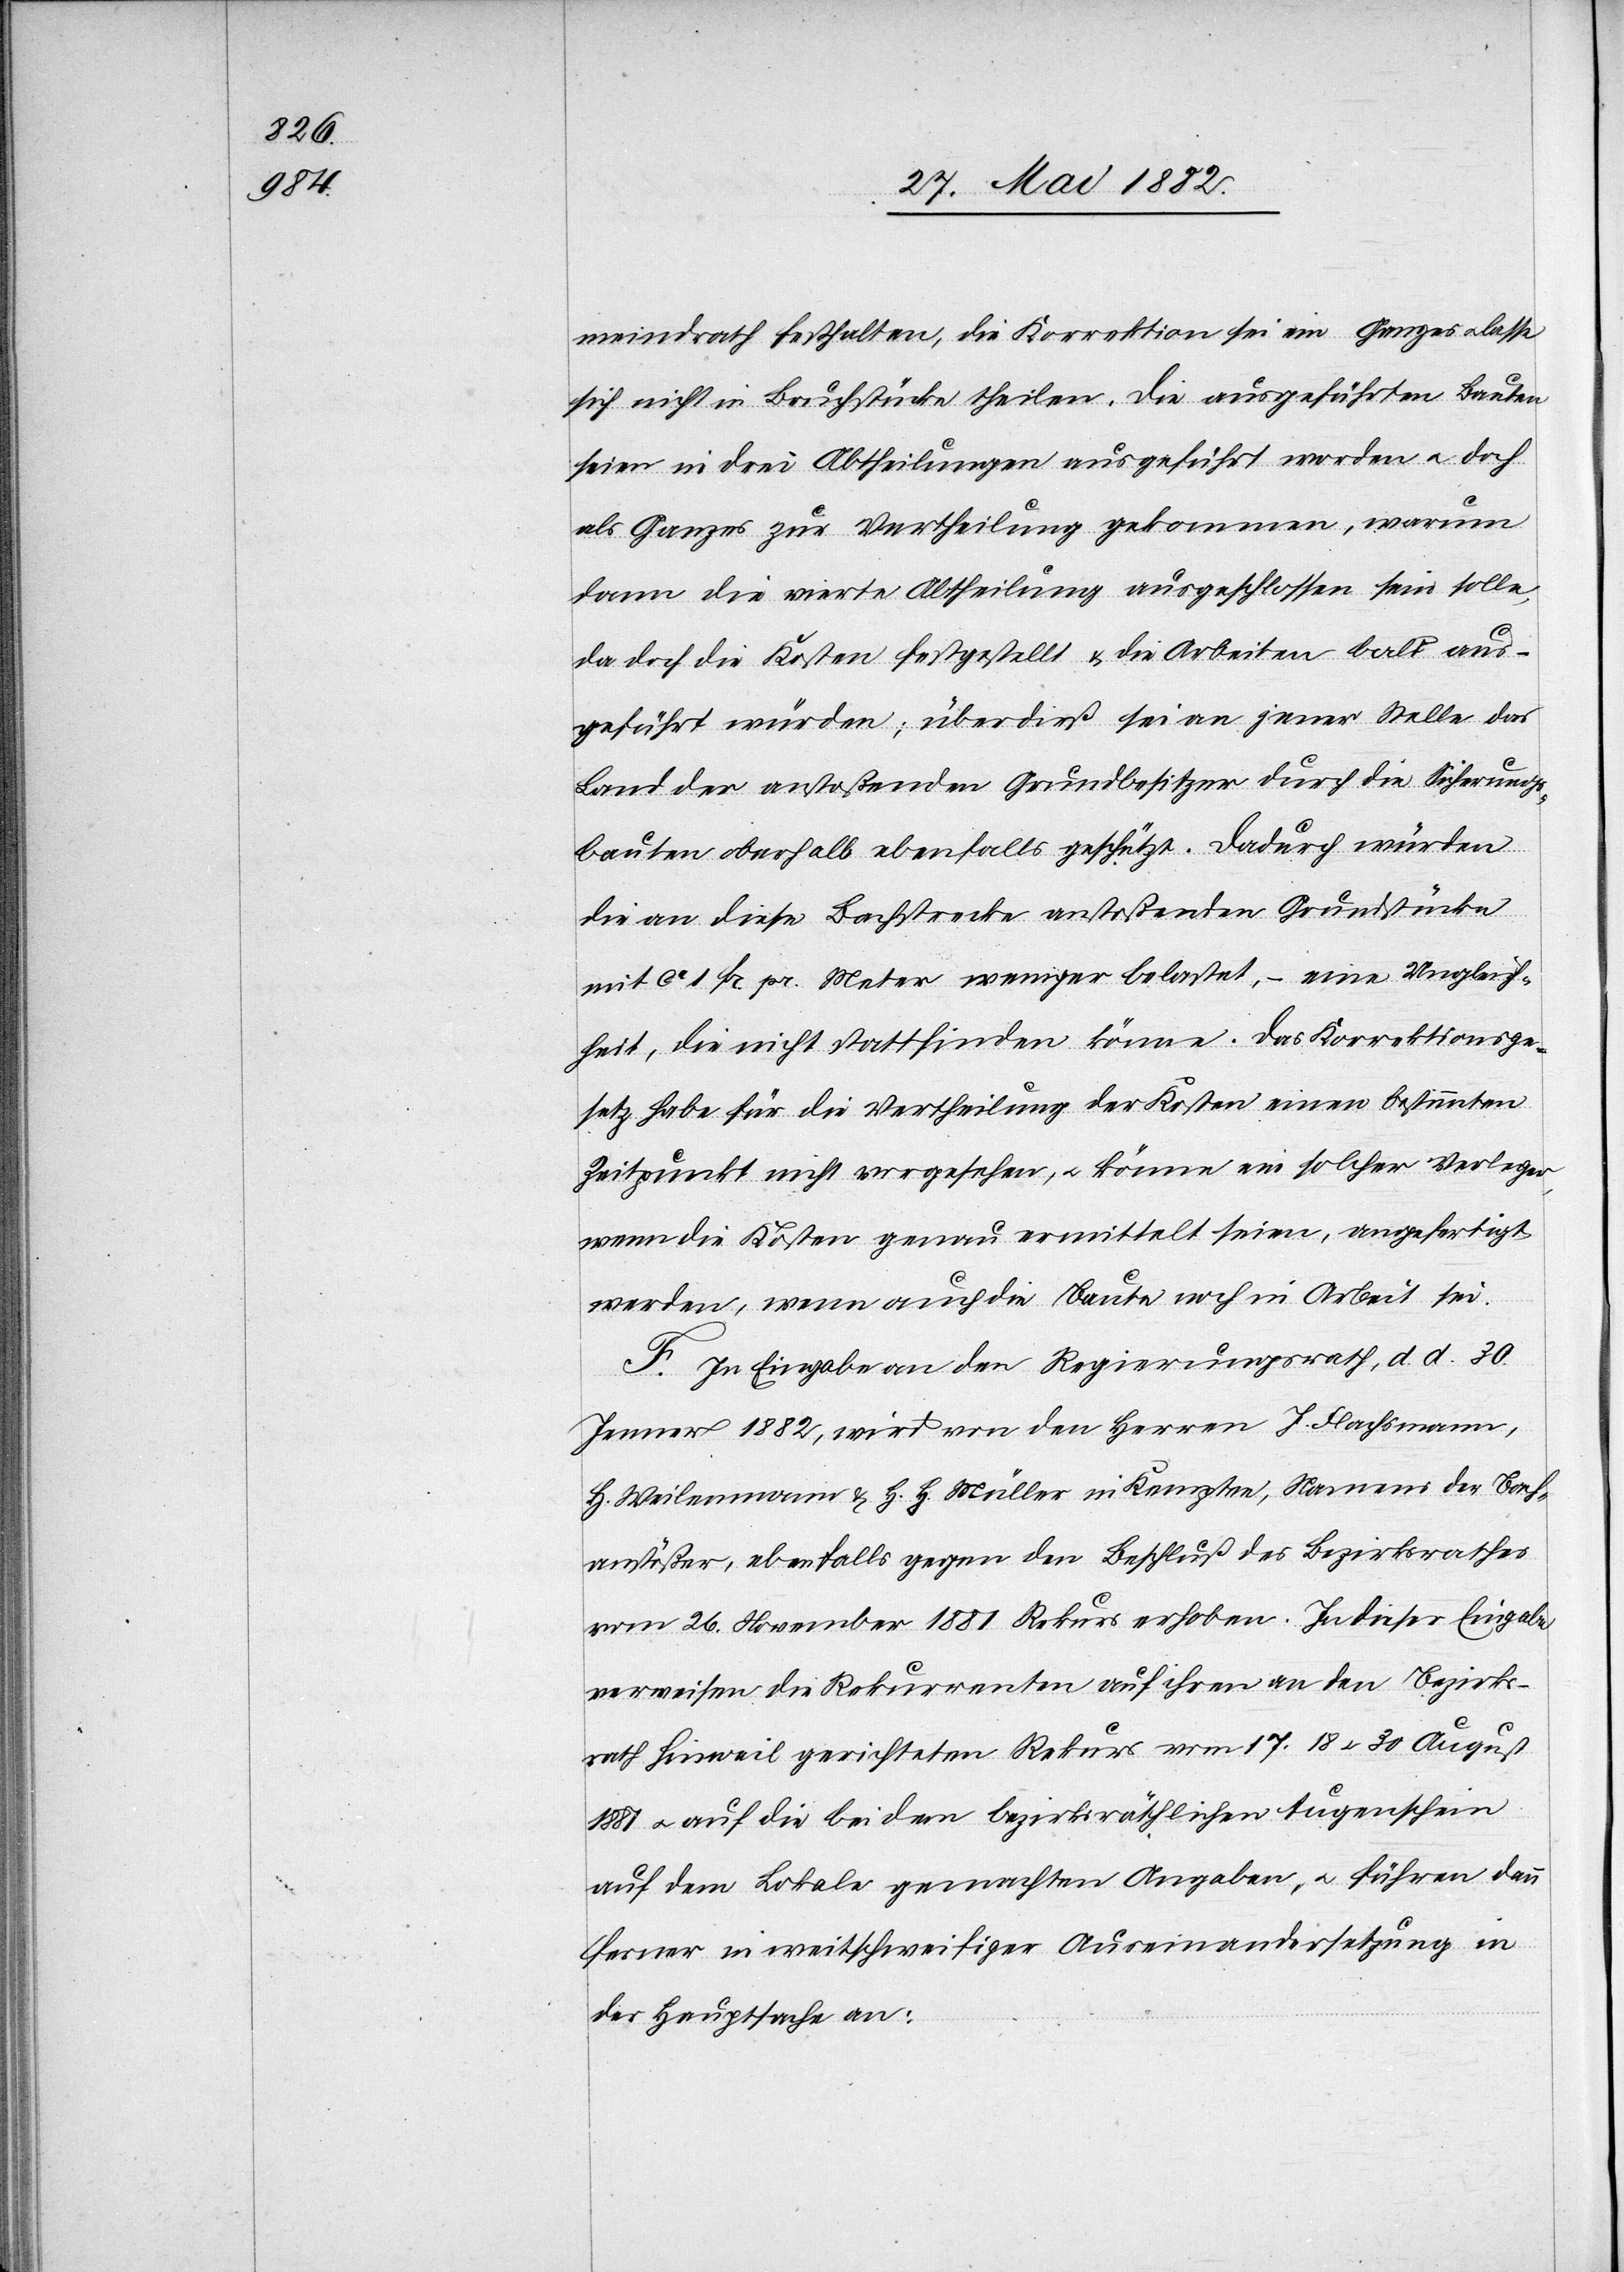
meindrath festhalten, die Korrektion sei ein Ganzes u. lasse
sich nicht in Bruchstücke theilen. Die ausgeführten Bauten
seien in drei Abtheilungen ausgeführt worden u. doch
als Ganzes zur Vertheilung gekommen, warum
dann die vierte Abtheilung ausgeschlossen sein solle,
da doch die Kosten festgestellt & die Arbeiten bald aus¬
geführt würden; überdieß sei an jener Stelle das
Land der anstoßenden Grundbesitzer durch die Sicherungs¬
bauten oberhalb ebenfalls geschützt. Dadurch würden
die an diese Bachstrecke anstoßenden Grundstücke
mit ca 1 Fr. pr. Meter weniger belastet,– eine Ungleich¬
heit, die nicht stattfinden könne. Das Korrektionsge¬
setz habe für die Vertheilung der Kosten einen bestimmten
Zeitpunkt nicht vorgesehen, u. könne ein solcher Verleger,
wenn die Kosten genau ermittelt seien, angefertigt
werden, wenn auch die Baute noch in Arbeit sei.
F. In Eingabe an den Regierungsrath, d. d. 30.
Jenner 1882, wird von den Herren J. Flachsmann,
H. Weilenmann & H. H. Müller in Kempten, Namens der Bach¬
anstößer, ebenfalls gegen den Beschluß des Bezirksrathes
vom 26. November 1881 Rekurs erhoben. In dieser Eingabe
verweisen die Rekurrenten auf ihren an den Bezirks¬
rath Hinweil gerichteten Rekurs vom 17., 18. u. 30. August
1881 u. auf die bei dem bezirksräthlichen Augenschein
auf dem Lokale gemachten Angaben, u. führen dann
ferner in weitschweifiger Auseinandersetzung in
der Hauptsache an: